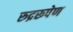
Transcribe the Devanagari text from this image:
रुद्ररूपेण